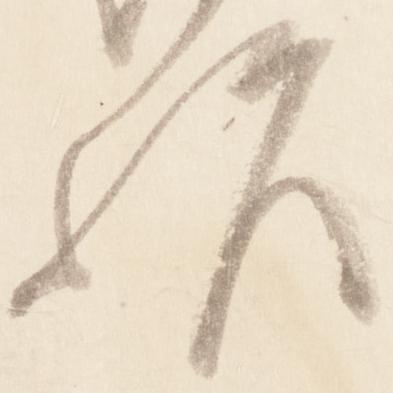
欤